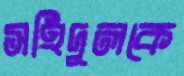
সহিদুলকে